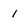
Character: 1